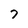
Character: 7